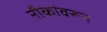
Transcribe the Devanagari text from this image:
नौकांवरून